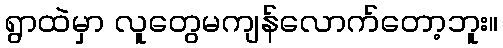
ရွာထဲမှာ လူတွေမကျန်လောက်တော့ဘူး။